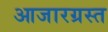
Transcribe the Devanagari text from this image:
आजारग्रस्त